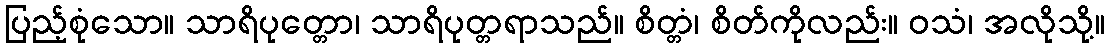
ပြည့်စုံသော။ သာရိပုတ္တော၊ သာရိပုတ္တရာသည်။ စိတ္တံ၊ စိတ်ကိုလည်း။ ဝသံ၊ အလိုသို့။